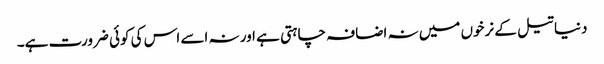
دنیا تیل کے نرخوں میں نہ اضافہ چاہتی ہے اور نہ اسے اس کی کوئی ضرورت ہے۔